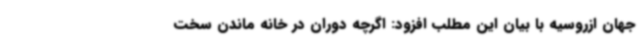
جهان ازروسیه با بیان این مطلب افزود: اگرچه دوران در خانه ماندن سخت